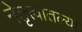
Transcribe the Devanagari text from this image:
नेतृत्त्वातल्या